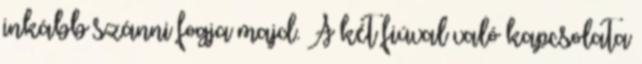
inkább szánni fogja majd. A két fiúval való kapcsolata